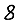
Digit: 8